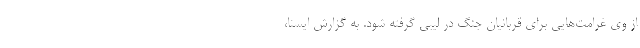
از وی غرامت‌هایی برای قربانیان جنگ در لیبی گرفته شود. به گزارش ایسنا،